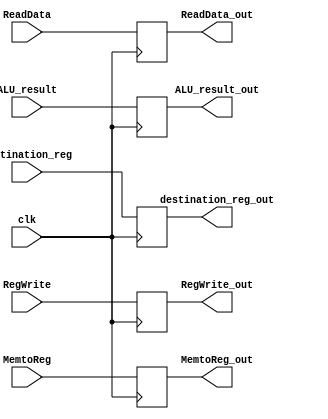
module MEM_WB(
    input clk,                      // Clock sig
    input RegWrite,                 // enabling register write
    input MemtoReg,                 //  ALU resullt for register write
    input [63:0] ReadData,          // Data read from memory or register file
    input [63:0] ALU_result,        // Result of the ALU operation
    input [4:0] destination_reg,    // Destination register for register write

    output reg RegWrite_out,        // enabling reg write
    output reg MemtoReg_out,        // ALU result for register write
    output reg [63:0] ReadData_out, // Output signal for memory or register file
    output reg [63:0] ALU_result_out, // Output signal for the ALU result
    output reg [4:0] destination_reg_out // Output signal for destination register for register write
    // dest reg will be the reg where the finakl result goes
);

    // Assign output values based on input signals
    always @(posedge clk) begin
        RegWrite_out = RegWrite;
        MemtoReg_out = MemtoReg;
        ReadData_out = ReadData;
        ALU_result_out = ALU_result;
        destination_reg_out = destination_reg;
    end

endmodule